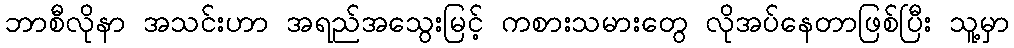
ဘာစီလိုနာ အသင်းဟာ အရည်အသွေးမြင့် ကစားသမားတွေ လိုအပ်နေတာဖြစ်ပြီး သူ့မှာ